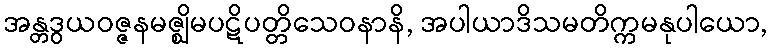
အန္တဒွယဝဇ္ဇနမဇ္ဈိမပဋိပတ္တိသေဝနာနိ, အပါယာဒိသမတိက္ကမနုပါယော,